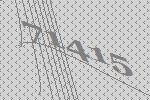
71415